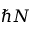
\hbar N